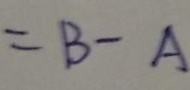
= B - A